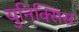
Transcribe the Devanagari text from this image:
युनिक्सिस